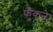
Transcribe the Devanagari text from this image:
फुँकने